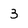
Character: 3